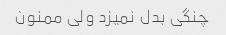
چنگی بدل نمیزد ولی ممنون